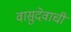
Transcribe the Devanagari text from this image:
वासुदेवाची